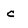
Character: c